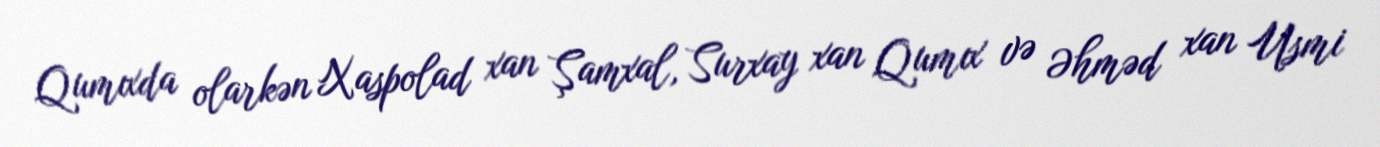
Qumıxda olarkən Xaspolad xan Şamxal, Surxay xan Qumıx və Əhməd xan Usmi